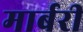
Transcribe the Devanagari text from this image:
मार्बरी